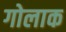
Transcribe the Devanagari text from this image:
गोलाक